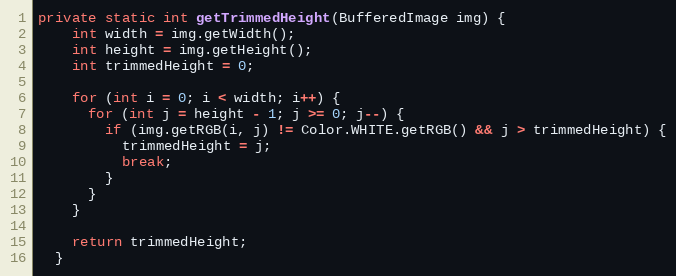
Language: Java
private static int getTrimmedHeight(BufferedImage img) {
    int width = img.getWidth();
    int height = img.getHeight();
    int trimmedHeight = 0;

    for (int i = 0; i < width; i++) {
      for (int j = height - 1; j >= 0; j--) {
        if (img.getRGB(i, j) != Color.WHITE.getRGB() && j > trimmedHeight) {
          trimmedHeight = j;
          break;
        }
      }
    }

    return trimmedHeight;
  }